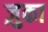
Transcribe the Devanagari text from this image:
ज़ुका